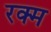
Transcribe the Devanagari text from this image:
रक्म